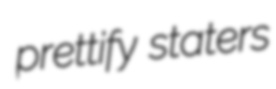
prettify staters